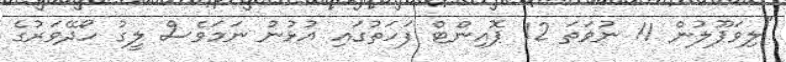
"ލިވަޕޫލުން 11 ނުވަތަ 12 ޕޮއިންޓް ފަހަތުގައި އުޅުނު ނަމަވެސް ލީގު ހޯދޭވަރުގެ